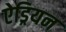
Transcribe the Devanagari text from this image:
ऐड्रियन